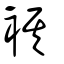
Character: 褀